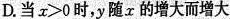
D.当x>0时，y随x的增大而增大